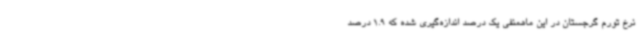
نرخ تورم گرجستان در این ماهمنفی یک درصد اندازه‌گیری شده که 1.9 درصد